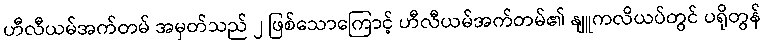
ဟီလီယမ်အက်တမ် အမှတ်သည် ၂ ဖြစ်သောကြောင့် ဟီလီယမ်အက်တမ်၏ နျူကလိယပ်တွင် ပရိုတွန်